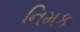
નિમક